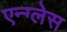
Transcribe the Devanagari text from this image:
एन्ग्लेस